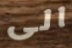
الى